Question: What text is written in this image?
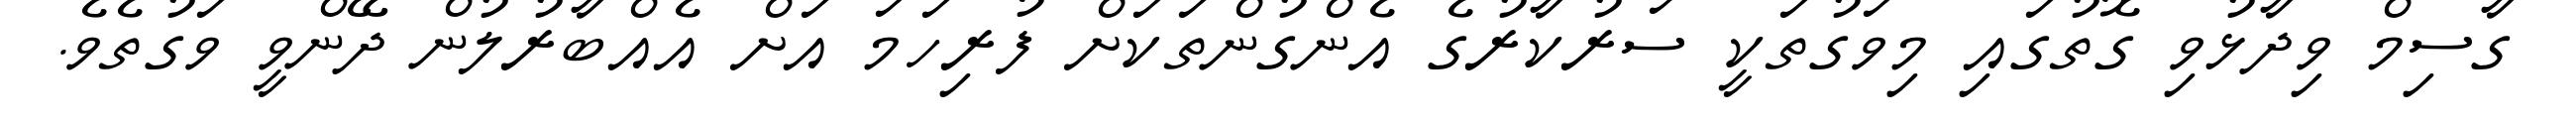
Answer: ގާސިމް ވިދާޅުވި ގޮތުގައި މިވަގުތަކީ ސަރުކާރުގެ އެންގުންތަކަށް ފުރިހަމަ އަށް އެއްބާރުލުން ދޭންވީ ވަގުތެވެ.